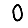
Digit: 0